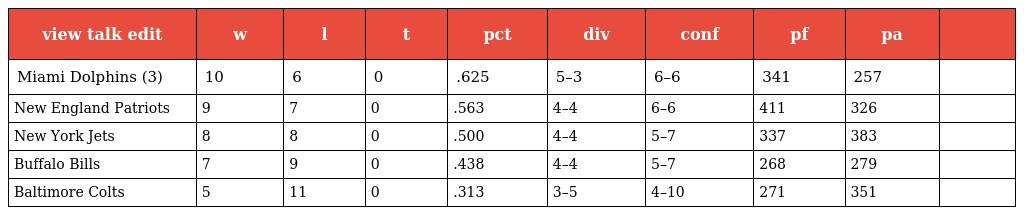
| view talk edit | w | l | t | pct | div | conf | pf | pa |  |
 | --- | --- | --- | --- | --- | --- | --- | --- | --- | --- |
 | Miami Dolphins (3) | 10 | 6 | 0 | .625 | 5–3 | 6–6 | 341 | 257 |  |
 | New England Patriots | 9 | 7 | 0 | .563 | 4–4 | 6–6 | 411 | 326 |  |
 | New York Jets | 8 | 8 | 0 | .500 | 4–4 | 5–7 | 337 | 383 |  |
 | Buffalo Bills | 7 | 9 | 0 | .438 | 4–4 | 5–7 | 268 | 279 |  |
 | Baltimore Colts | 5 | 11 | 0 | .313 | 3–5 | 4–10 | 271 | 351 |  |